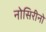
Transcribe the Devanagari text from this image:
नोसिरीनो